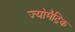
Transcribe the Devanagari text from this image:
ज्योमैट्रिक